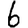
Digit: 6